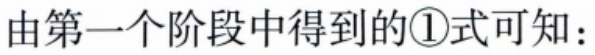
由第一个阶段中得到的\textcircled{1}式可知：